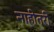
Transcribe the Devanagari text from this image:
नाहीतरी